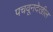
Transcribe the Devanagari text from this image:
पचवूनदेखील